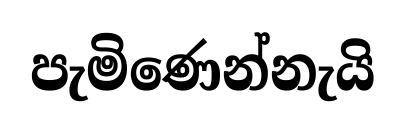
පැමිණෙන්නැයි